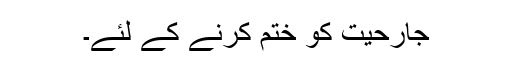
جارحیت کو ختم کرنے کے لئے۔